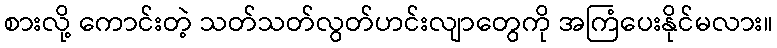
စားလို့ ကောင်းတဲ့ သတ်သတ်လွတ်ဟင်းလျာတွေကို အကြံပေးနိုင်မလား။